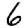
Digit: 6